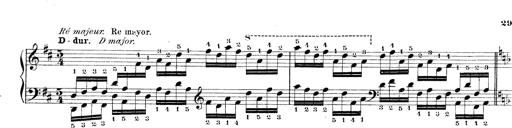
Title: Technische Studien
Composer: Franz Liszt